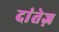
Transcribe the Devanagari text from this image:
दांतेज़